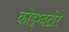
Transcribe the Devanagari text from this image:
कोइम्बटोर